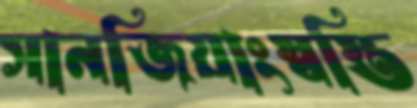
সানজিয়াংস্বস্তি